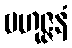
ဗဟုဇ္ဇနံ